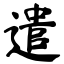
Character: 遣